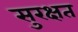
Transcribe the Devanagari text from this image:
सुरक्षत